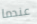
عندما